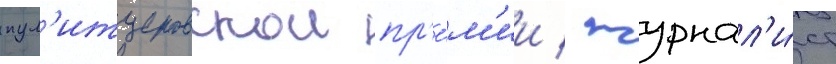
пул'итцеровскои пр'е́м'ии / журнал'и́ст